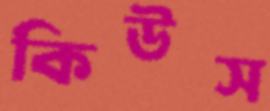
কিউস